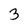
Character: 3